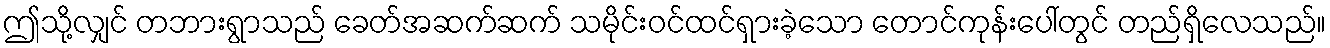
ဤသို့လျှင် တဘားရွာသည် ခေတ်အဆက်ဆက် သမိုင်းဝင်ထင်ရှားခဲ့သော တောင်ကုန်းပေါ်တွင် တည်ရှိလေသည်။